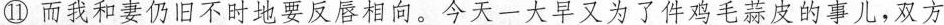
⑩而我和妻仍旧不时地要反唇相向。今天一大早又为了件鸡毛蒜皮的事儿，双方